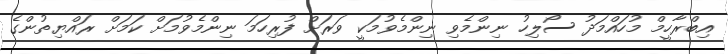
އިބްރާހީމް މުހައްމަދު ސޯލިހު ނިންމެވި ނިންމެވުމަކީ ވަރަށް ފުރިހަމަ ނިންމެވުމަށް ކަމަށް ރައްޔިތުންގެ